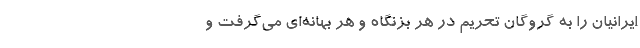
ایرانیان را به گروگان تحریم در هر بزنگاه و هر بهانه‌‌ای می‌گرفت و